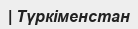
| Түркіменстан